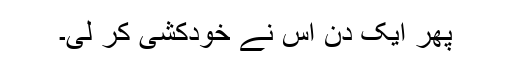
پھر ایک دن اس نے خودکشی کر لی۔